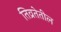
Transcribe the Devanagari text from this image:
तिव्रतेतील